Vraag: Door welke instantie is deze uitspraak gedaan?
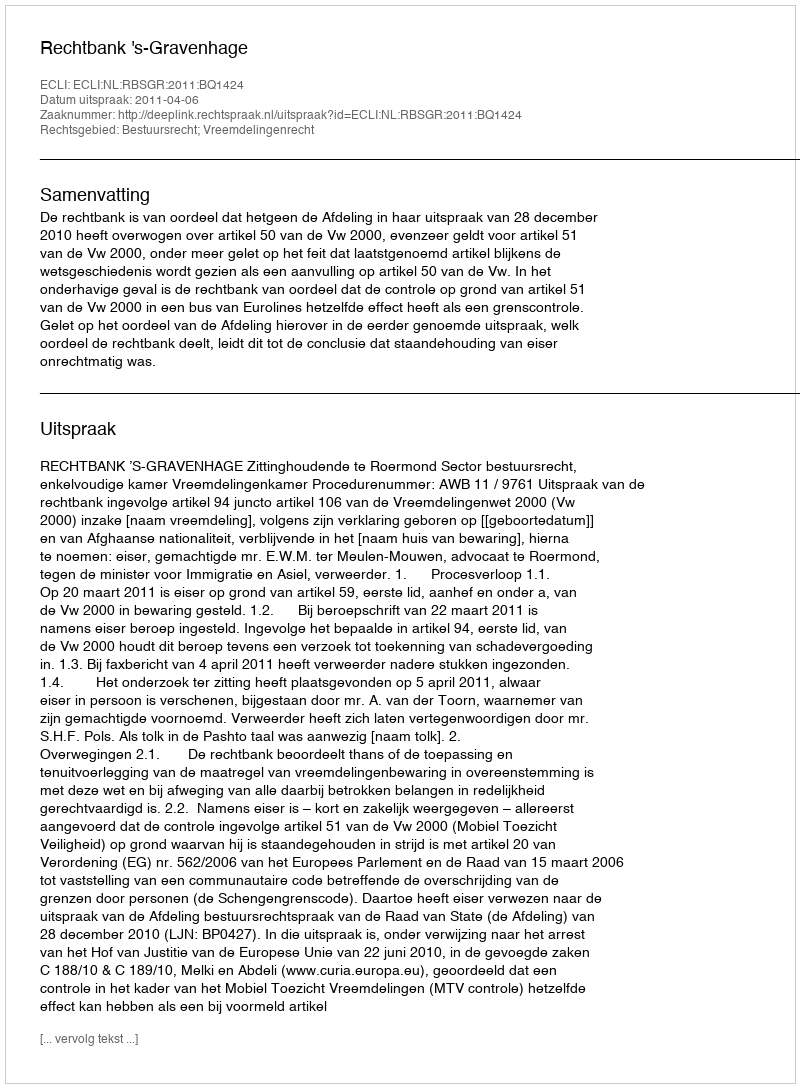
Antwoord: Rechtbank 's-Gravenhage